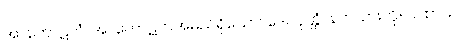
အာကောဋကံ၊ အာကောဋကအမည်ရှိသော။ ဒေဝပုတ္တံ၊ နတ်သားကို။ ဂါထာယ၊